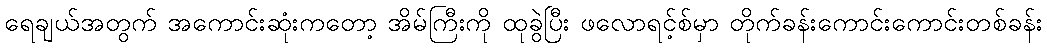
ရေချယ်အတွက် အကောင်းဆုံးကတော့ အိမ်ကြီးကို ထုခွဲပြီး ဖလောရင့်စ်မှာ တိုက်ခန်းကောင်းကောင်းတစ်ခန်း